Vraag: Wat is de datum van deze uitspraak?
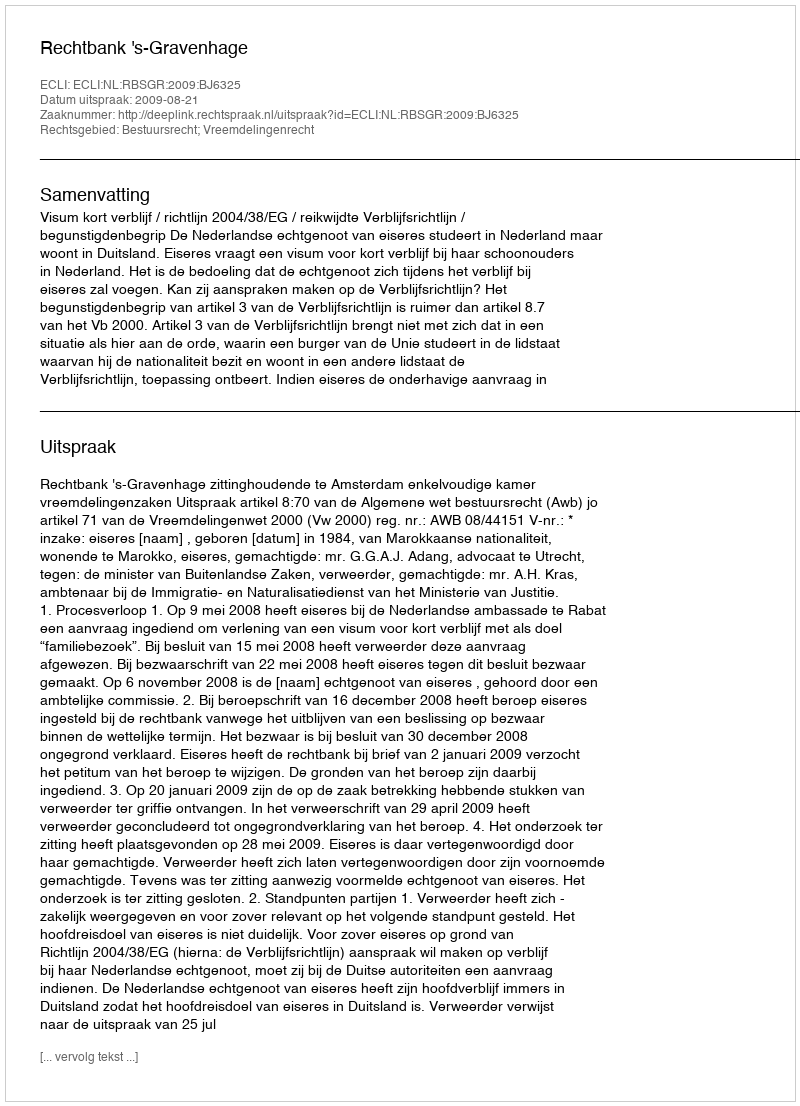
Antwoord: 2009-08-21